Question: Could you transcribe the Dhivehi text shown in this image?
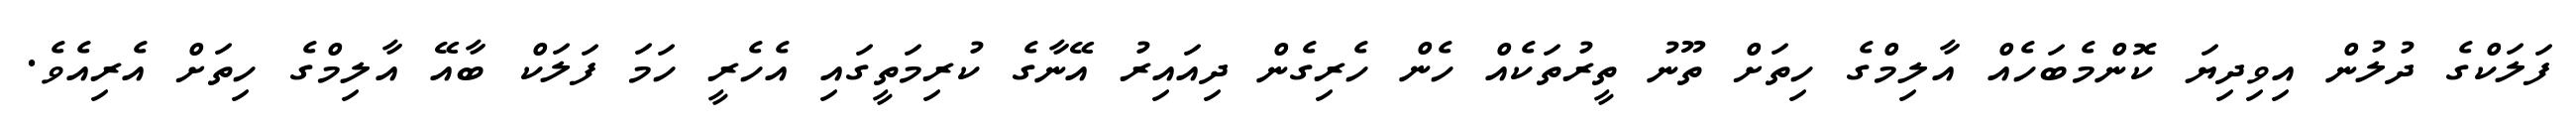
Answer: ފަލަކްގެ ދުލުން އިވިދިޔަ ކޮންމެބަހެއް އާލިމްގެ ހިތަށް ތޫނު ތީރުތަކެއް ހެން ހެރިގެން ދިއައިރު އޭނާގެ ކުރިމަތީގައި އެހެރީ ހަމަ ފަލަކް ބާއޭ އާލިމްގެ ހިތަށް އެރިއެވެ.